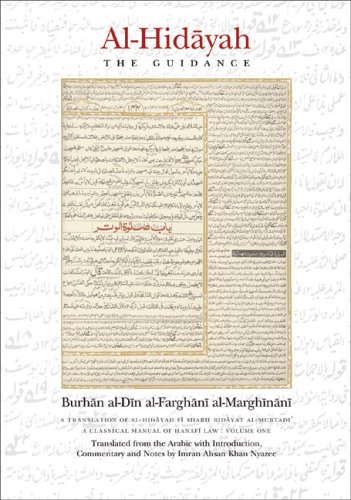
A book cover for Al-Hidayah: The Guidance (v. 1); Burhan al-Din 'Ali b. Abi Bakr b. 'Abd al Jalal al-Farghani  al-Marghinani; Religion & Spirituality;